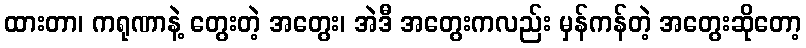
ထားတာ၊ ကရုဏာနဲ့ တွေးတဲ့ အတွေး၊ အဲဒီ အတွေးကလည်း မှန်ကန်တဲ့ အတွေးဆိုတော့